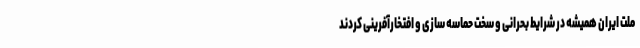
ملت ایران همیشه در شرایط بحرانی و سخت حماسه سازی و افتخارآفرینی کردند